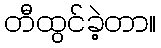
တီထွင်ခဲ့တာ။